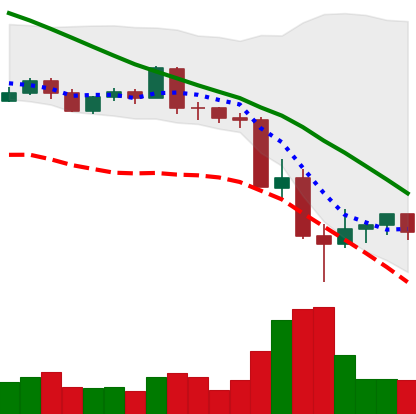
Ticker: LTC-USD
Chart end date: 2022-05-16
Forward return: 3.711%
Label: up_3_5